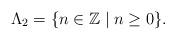
LaTeX: \begin{gather*}\Lambda_2= \{n \in \mathbb{Z} \mid n \geq0\}. \end{gather*}